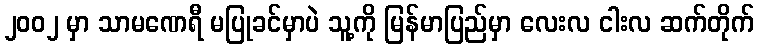
၂၀၀၂ မှာ သာမဏေရီ မပြုခင်မှာပဲ သူ့ကို မြန်မာပြည်မှာ လေးလ ငါးလ ဆက်တိုက်